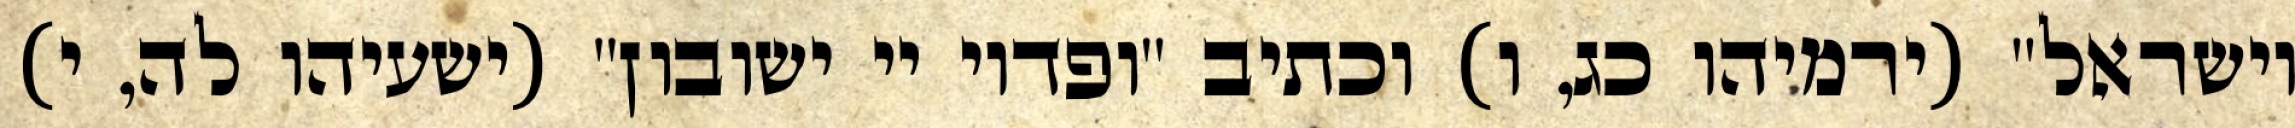
וישראל" (ירמיהו כג, ו) וכתיב "ופדוי יי ישובון" (ישעיהו לה, י)